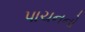
પાચનનો